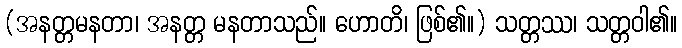
(အနတ္တမနတာ၊ အနတ္တ မနတာသည်။ ဟောတိ၊ ဖြစ်၏။) သတ္တဿ၊ သတ္တဝါ၏။